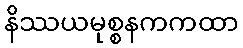
နိဿယမုစ္စနကကထာ